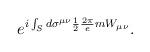
LaTeX: \begin{align*}e^{i \int_S d\sigma^{\mu\nu} \frac{1}{2} \frac{2\pi}{e} m W_{\mu\nu}} .\end{align*}